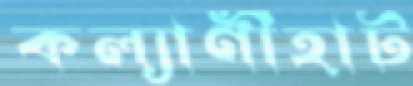
কল্যাণীহাট